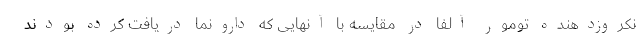
نکروزدهنده تومور آلفا در مقایسه با آنهایی که دارونما دریافت کرده بودند